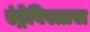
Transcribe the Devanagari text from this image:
एंट्रेविस्तास